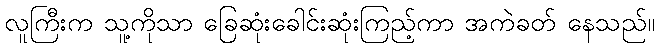
လူကြီးက သူ့ကိုသာ ခြေဆုံးခေါင်းဆုံးကြည့်ကာ အကဲခတ် နေသည်။